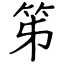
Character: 笫